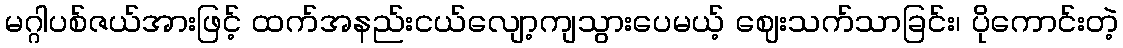
မဂ္ဂါပစ်ဇယ်အားဖြင့် ထက်အနည်းငယ်လျော့ကျသွားပေမယ့် ဈေးသက်သာခြင်း၊ ပိုကောင်းတဲ့